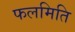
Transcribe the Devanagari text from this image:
फलमिति